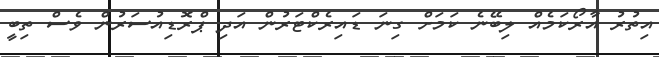
އިތުރު އާރޯކަމެއް ލިބޭނެ ކަމަށް ގިނަ ޑައިރެކްޓަރުން އަދި ޕްރޮޑިއުސަރުން ވެސް ތިބީ